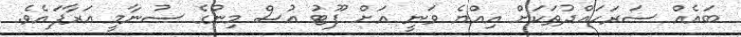
ބައެއް ސަރަހައްދުތަކަށް އިއްޔެ ވަނީ އަށް ފޫޓު އުސް މިނުގެ ސުނާމީ އަރާފައެވެ.